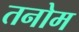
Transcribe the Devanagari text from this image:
तनोम